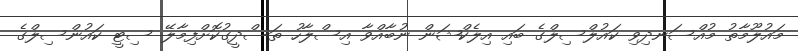
މައުލޫމާތު މުއްސަނދިވި ކައުލްސިލްގެ ބައި އިލެކްޝަން ނުބާއްވާ އިސްލާހު ތަސްދީގުކޮށްފިމާލޭ ސިޓީ ކައުންސިލްގެ